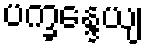
ပက္ခန္ဒေယျ